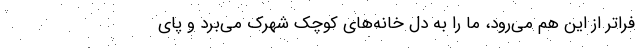
فراتر از این هم می‌رود، ما را به دل خانه‌های کوچک شهرک می‌برد و پای